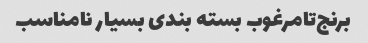
برنج‌تامرغوب بسته بندی بسیار نامناسب